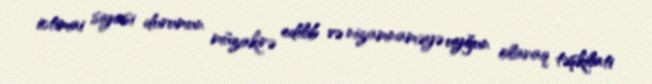
ictimai siyasi durumun müzakirə edilib və nizamnaməyə uyğun olaraq təşkilati